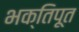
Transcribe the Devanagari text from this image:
भक्तिपूत